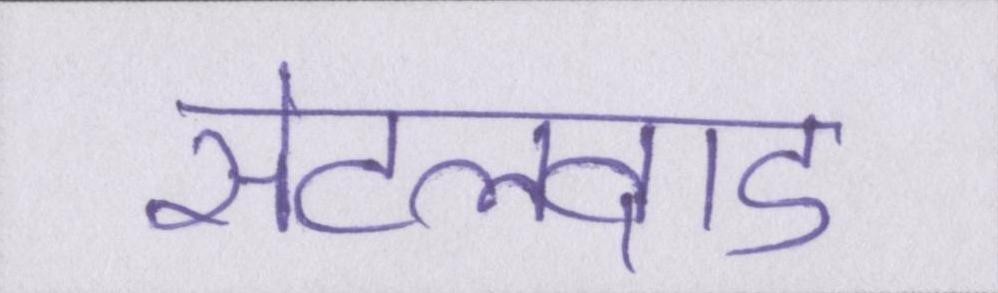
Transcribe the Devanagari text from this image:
सेटलवाड